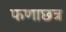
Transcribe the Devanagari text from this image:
फणाछत्र